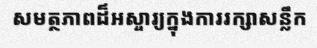
សមត្ថភាពដ៏អស្ចារ្យក្នុងការរក្សាសន្លឹក